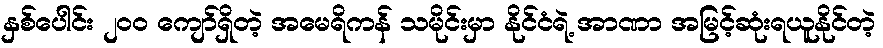
နှစ်ပေါင်း ၂၀၀ ကျော်ရှိတဲ့ အမေရိကန် သမိုင်းမှာ နိုင်ငံရဲ့ အာဏာ အမြင့်ဆုံးရယူနိုင်တဲ့